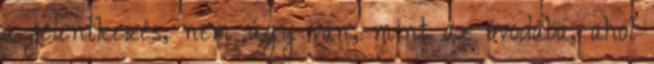
a jelentkezés, nem úgy van, mint az óvodába, ahol